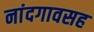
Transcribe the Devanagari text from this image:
नांदगावसह